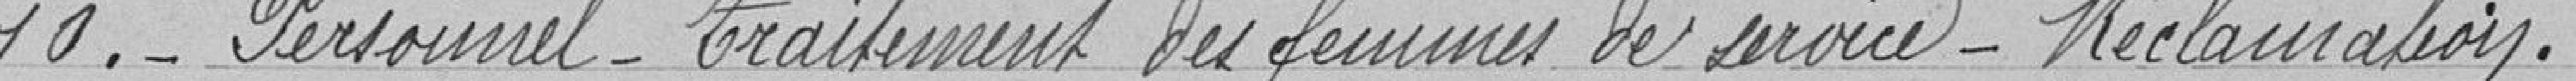
10. Personnel - Traitement des femmes de service - Réclamation.